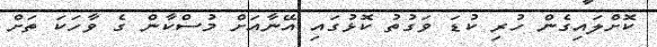
ކޮށްލައިގެން ހުރި ކުޑަ ވަގުތު ކޮޅުގައި އޭނާއަށް މުސްކާން ގެ ވާހަކަ ތަށް